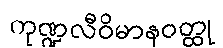
ကုဏ္ဍလီဝိမာနဝတ္ထု